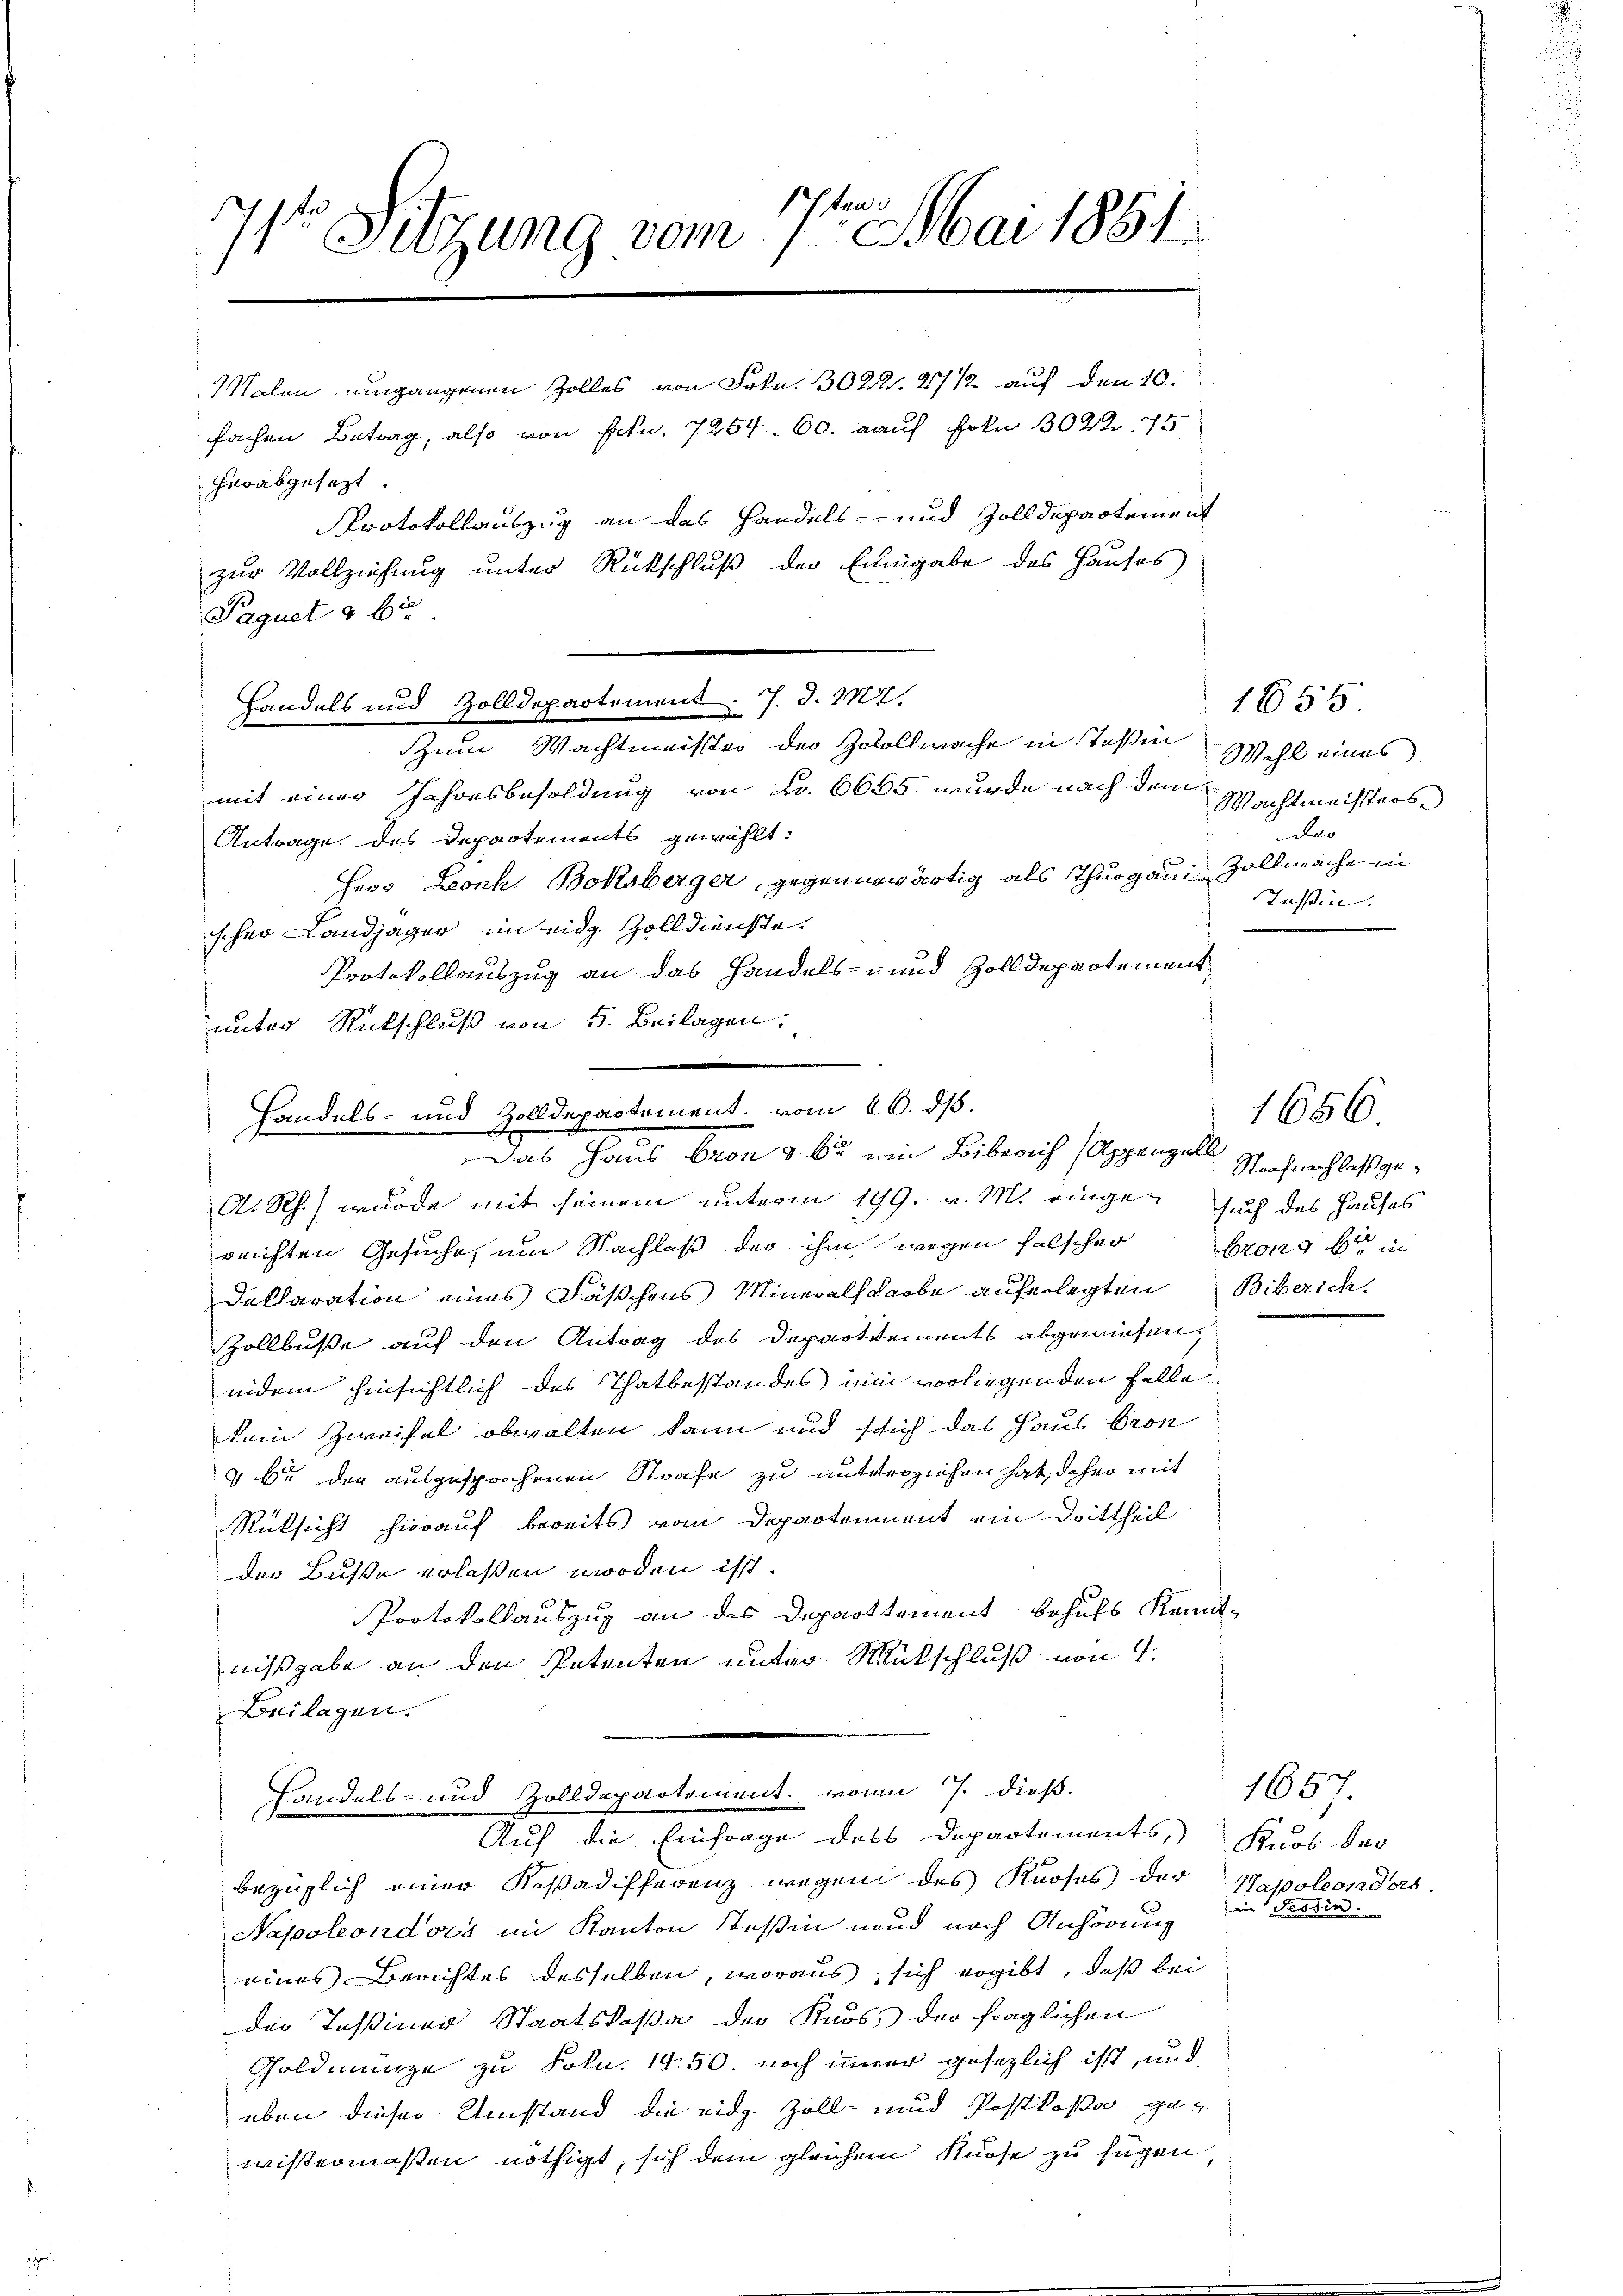
71 Sitzung vom 7ten Mai 1881.
Malen umgangenen Zolles von Frkn. 3022. 27 1/2 auf den 10.
fachen Betrag, also von Frkn. 7254. 60. auf fol 302. 175
Herabgesezt
Protokollauszug an das Handels- und Zolldepartement
zur Vollziehung unter Rückschluß der Eingabe des Hauses

Handels und Zolldepartement. 7. d. 217.
Zum Wachtmeister der Zoollwache in Teßin

Handels- und Zolldepartement, vom 16. ds.
Das Haus bron & bis ein Biberich (Appenzell

Paquet § 6

mit einer Jahresbesoldung von Fr. 6665. wurde nach dem Wachtmeisters
Antrage des Departements gewählt:
Herr Leonh. Boksberger, gegenwärtig als Thurgau Zollwache in
scher Landjäger im eidg. Zolldienste.
Protokollauszug an das Handels- und Zolldepartement
unter Rückschluß von 5. Beilagen,
.

A. Rh.) wurde mit seinem unterm 199. v. M. eingen such des Hauses
reichten Gesuche, um Nachlaß der ihm wegen falscher Brong brin
Deklaration eines Fäschens Mineralstarbe auferlegten Biberich.
Zollbuße auf den Antrag des Departements abgewiesen,
indem hinsichtlich des Thatbestandes im vorliegenden Felle
kein Zweifel obwalten kann und sich das Haus Gron
v b. der ausgesprochenen Strafe zu mitverziehen hat, daher mit
Rücksicht hierauf bereits vom Departement ein Drittheil
der Buße erlassen worden ist.
Protokollauszug an des Departtement behufs Kennt-
nißgabe an den Petenten unter Rütschluß von 4.
Beilagen.
handels- und Zolldepartement. von 7. dieß-
Auf die Einfrage des Departements, Knos der
bezüglich einer Kasadifferenz wegen des Knoses der
Napoleondors im Kanton Stoßin und nach Anhörung
eines Berichtes desselben, woraus, sich ergibt, daß bei
der Tessiner Staatskaßa der Knos, der fraglichen
Goldmünze zu Foln. 14. 50. noch immer gesezlich ist, und
eben dieser Umstand die eidg. Zoll- und Postkaßa gewistermassen nöthigt, sich dem gleichem Knose zu fügen

1656
Wahl eines
das
Tessin.

Strafnach las ge¬

1657.
Napoleonders.
in Tessin

1656